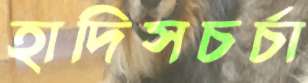
হাদিসচর্চা